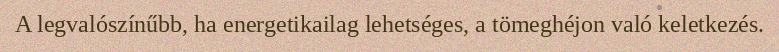
A legvalószínűbb, ha energetikailag lehetséges, a tömeghéjon való keletkezés.